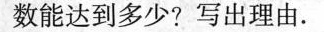
数能达到多少?写出理由。